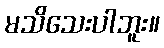
မသိသေးပါဘူး။